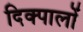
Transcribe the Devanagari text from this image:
दिक्पालों